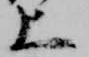
上